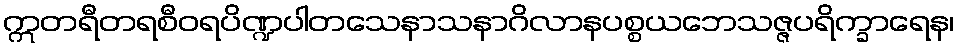
ဣတရီတရစီဝရပိဏ္ဍပါတသေနာသနာဂိလာနပစ္စယဘေသဇ္ဇပရိက္ခာရေန၊